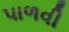
પાળવી